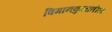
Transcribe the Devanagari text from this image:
विमानकुलातील